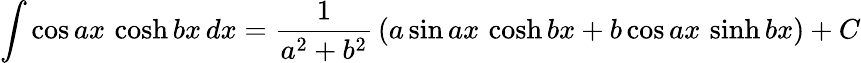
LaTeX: \int\cos ax\, \cosh bx\, dx={\frac{1}{a^{2}+b^{2}}}\left(a\sin ax\, \cosh bx+b\cos ax\, \sinh bx\right)+C